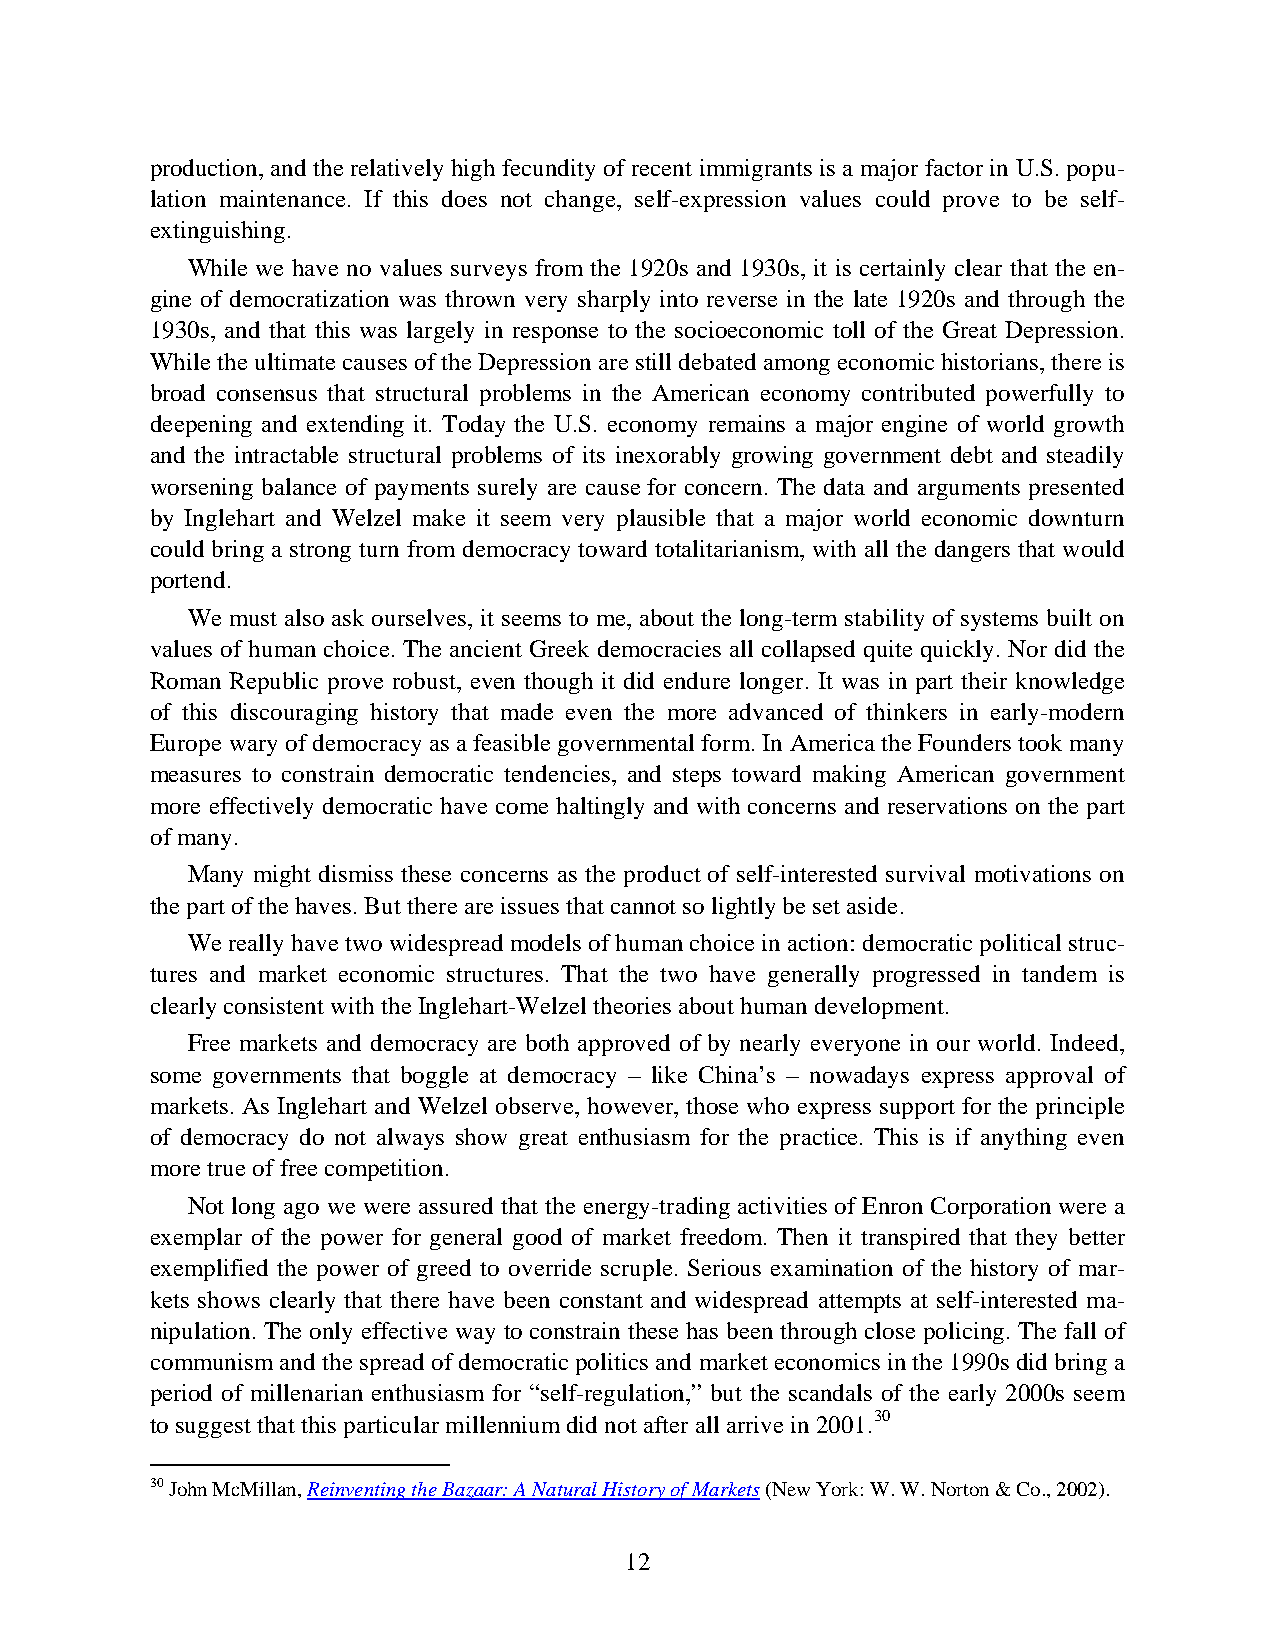
production, and the relatively high fecundity of recent immigrants is a major factor in U.S. popu-
 lation maintenance. If this does not change, self-expression values could prove to be self-
 extinguishing.
 While we have no values surveys from the 1920s and 1930s, it is certainly clear that the en-
 gine of democratization was thrown very sharply into reverse in the late 1920s and through the
 1930s, and that this was largely in response to the socioeconomic toll of the Great Depression.
 While the ultimate causes of the Depression are still debated among economic historians, there is
 broad consensus that structural problems in the American economy contributed powerfully to
 deepening and extending it. Today the U.S. economy remains a major engine of world growth
 and the intractable structural problems of its inexorably growing government debt and steadily
 worsening balance of payments surely are cause for concern. The data and arguments presented
 by Inglehart and Welzel make it seem very plausible that a major world economic downturn
 could bring a strong turn from democracy toward totalitarianism, with all the dangers that would
 portend.
 We must also ask ourselves, it seems to me, about the long-term stability of systems built on
 values of human choice. The ancient Greek democracies all collapsed quite quickly. Nor did the
 Roman Republic prove robust, even though it did endure longer. It was in part their knowledge
 of this discouraging history that made even the more advanced of thinkers in early-modern
 Europe wary of democracy as a feasible governmental form. In America the Founders took many
 measures to constrain democratic tendencies, and steps toward making American government
 more effectively democratic have come haltingly and with concerns and reservations on the part
 of many.
 Many might dismiss these concerns as the product of self-interested survival motivations on
 the part of the haves. But there are issues that cannot so lightly be set aside.
 We really have two widespread models of human choice in action: democratic political struc-
 tures and market economic structures. That the two have generally progressed in tandem is
 clearly consistent with the Inglehart-Welzel theories about human development.
 Free markets and democracy are both approved of by nearly everyone in our world. Indeed,
 some governments that boggle at democracy – like China’s – nowadays express approval of
 markets. As Inglehart and Welzel observe, however, those who express support for the principle
 of democracy do not always show great enthusiasm for the practice. This is if anything even
 more true of free competition.
 Not long ago we were assured that the energy-trading activities of Enron Corporation were a
 exemplar of the power for general good of market freedom. Then it transpired that they better
 exemplified the power of greed to override scruple. Serious examination of the history of mar-
 kets shows clearly that there have been constant and widespread attempts at self-interested ma-
 nipulation. The only effective way to constrain these has been through close policing. The fall of
 communism and the spread of democratic politics and market economics in the 1990s did bring a
 period of millenarian enthusiasm for “self-regulation,” but the scandals of the early 2000s seem
 to suggest that this particular millennium did not after all arrive in 2001.30
 30 John McMillan, Reinventing the Bazaar: A Natural History of Markets (New York: W. W. Norton & Co., 2002).
 12